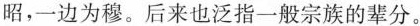
昭，一边为穆。后来也泛指一般宗族的辈分。